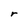
Character: r